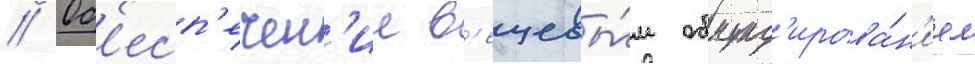
// Об'есп'ечен'ие в'ещевы́м обмунд'ирова́н'ием